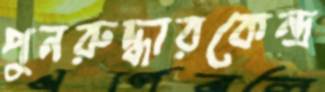
পুনরুদ্ধারকেন্দ্র